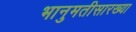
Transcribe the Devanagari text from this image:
भानुमतीसारख्या